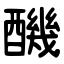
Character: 䤒